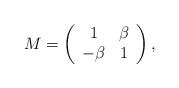
LaTeX: \begin{align*} M = \left( \begin{array}{cc} 1 & \beta \\ -\beta & 1\end{array} \right),\end{align*}